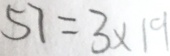
5 7 = 3 \times 1 9